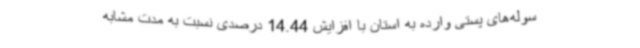
سوله‌های پستی وارده به استان با افزایش 14.44 درصدی نسبت به مدت مشابه